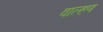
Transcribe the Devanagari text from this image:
वाल्हण